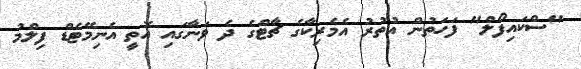
"ސްކައިފޯލް" ފަހަތުން އުތުރު އެމެރިކާގެ ޗާޓްގެ ދެ ވަނާގައި އޮތީ އެނިމޭޓެޑް ފިލްމު